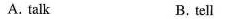
A. talk B. tell